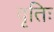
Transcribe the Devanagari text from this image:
वृतिः